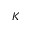
K